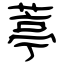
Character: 葶